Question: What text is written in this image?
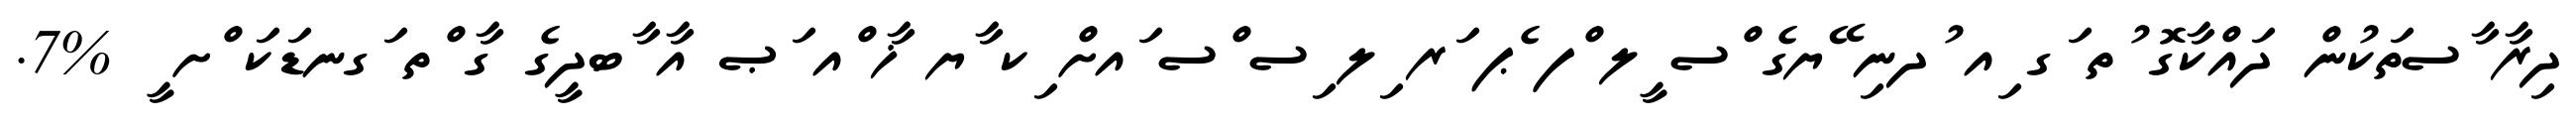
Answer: ދިރާ ާސތަކުން ދައްކާގޮ ުތ ަގ ިއ ުދނި ޭޔގެ ްސ ީލ ްފ ެޕ ަރ ިލ ިސ ްސ ައށް ިކ ާޔ ޚާ ްއ ަޞ އާ ާބދީގެ ގާ ްތ ަގނޑަކަ ްށ ީ %7.